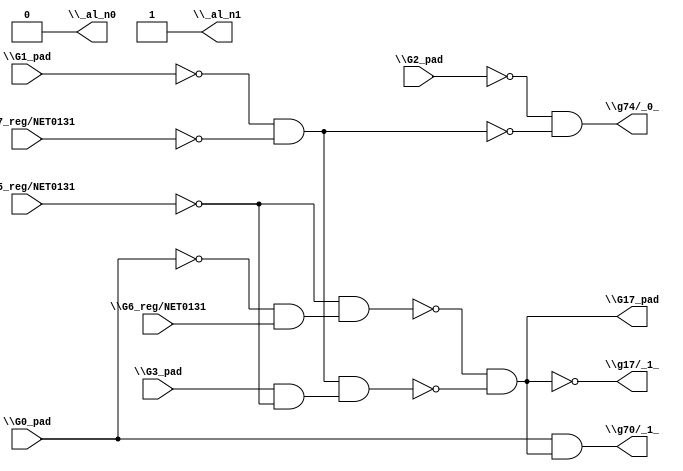
module top( \G0_pad  , \G1_pad  , \G2_pad  , \G3_pad  , \G5_reg/NET0131  , \G6_reg/NET0131  , \G7_reg/NET0131  , \G17_pad  , \_al_n0  , \_al_n1  , \g17/_1_  , \g70/_1_  , \g74/_0_  );
  input \G0_pad  ;
  input \G1_pad  ;
  input \G2_pad  ;
  input \G3_pad  ;
  input \G5_reg/NET0131  ;
  input \G6_reg/NET0131  ;
  input \G7_reg/NET0131  ;
  output \G17_pad  ;
  output \_al_n0  ;
  output \_al_n1  ;
  output \g17/_1_  ;
  output \g70/_1_  ;
  output \g74/_0_  ;
  wire n8 , n9 , n10 , n11 , n12 , n13 , n14 , n15 ;
  assign n8 = ~\G0_pad  & \G6_reg/NET0131  ;
  assign n9 = ~\G5_reg/NET0131  & n8 ;
  assign n10 = ~\G1_pad  & ~\G7_reg/NET0131  ;
  assign n11 = \G3_pad  & ~\G5_reg/NET0131  ;
  assign n12 = n10 & n11 ;
  assign n13 = ~n9 & ~n12 ;
  assign n14 = \G0_pad  & n13 ;
  assign n15 = ~\G2_pad  & ~n10 ;
  assign \G17_pad  = n13 ;
  assign \_al_n0  = 1'b0 ;
  assign \_al_n1  = ~1'b0 ;
  assign \g17/_1_  = ~n13 ;
  assign \g70/_1_  = n14 ;
  assign \g74/_0_  = n15 ;
endmodule